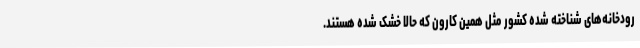
رودخانه‌های شناخته شده کشور مثل همین کارون که حالا خشک شده هستند.